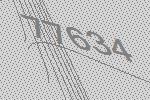
77634